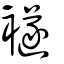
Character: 襚